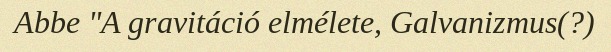
Abbe "A gravitáció elmélete, Galvanizmus(?)